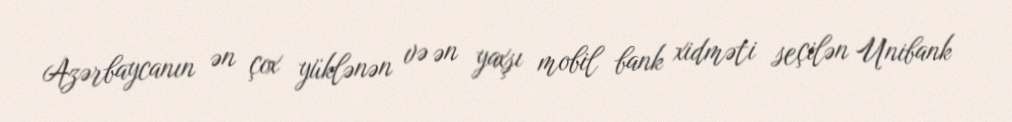
Azərbaycanın ən çox yüklənən və ən yaxşı mobil bank xidməti seçilən Unibank